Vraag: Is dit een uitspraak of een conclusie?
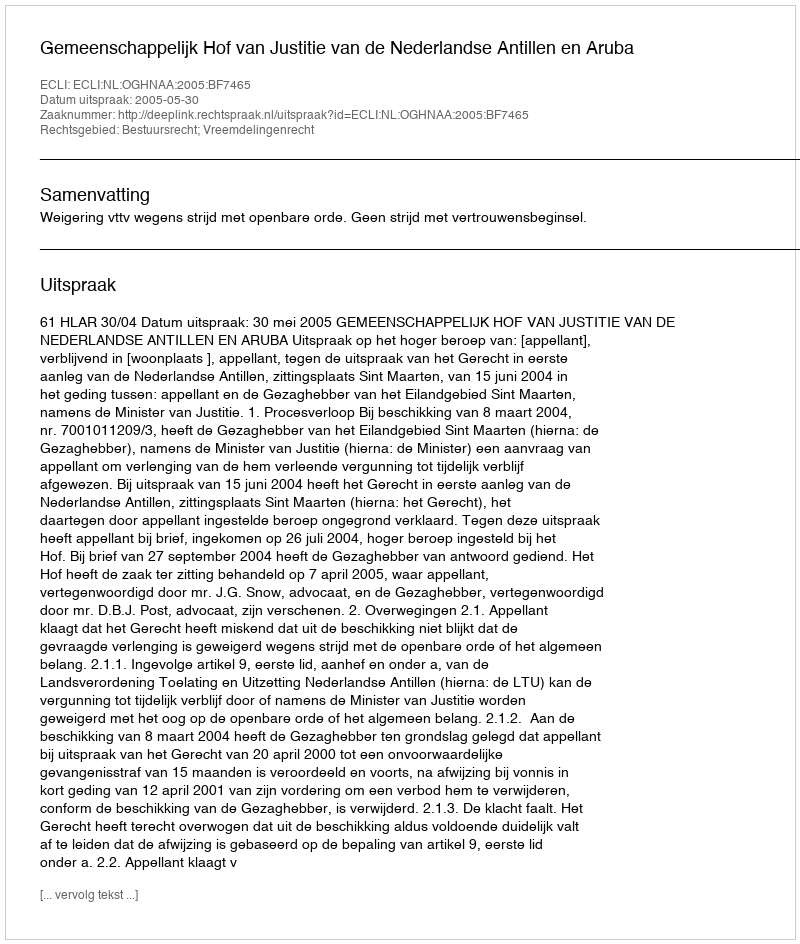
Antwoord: Uitspraak